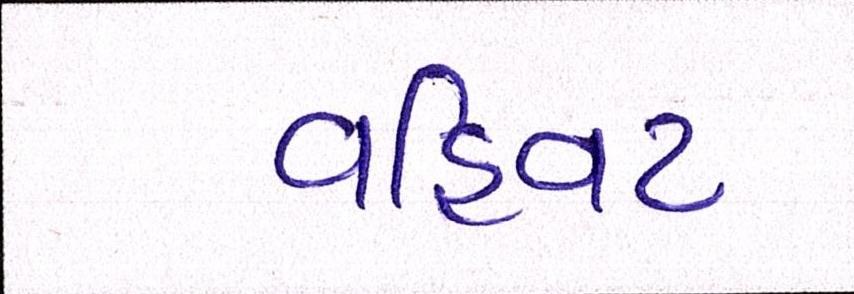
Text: વહિવટ